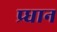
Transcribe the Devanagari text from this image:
प्र्धान